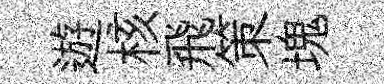
遊核飛策塊